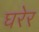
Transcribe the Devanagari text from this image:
घरेर